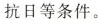
抗日等条件。